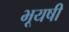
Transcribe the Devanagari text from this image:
भूयषी